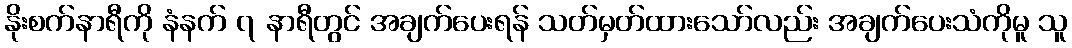
နိုးစက်နာရီကို နံနက် ၇ နာရီတွင် အချက်ပေးရန် သတ်မှတ်ထားသော်လည်း အချက်ပေးသံကိုမူ သူ